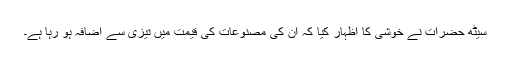
سیٹھ حضرات نے خوشی کا اظہار کیا کہ ان کی مصنوعات کی قیمت میں تیزی سے اضافہ ہو رہا ہے۔